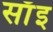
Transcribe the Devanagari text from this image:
साँइ